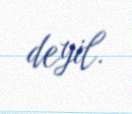
deyil.